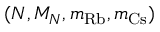
( N , M _ { N } , m _ { \mathrm { R b } } , m _ { \mathrm { C s } } )